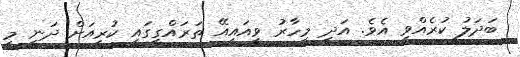
ބަދަލު ކުރެއްވި އެވެ. އަދި މިހާރު ވީއައިއޭ ތަރައްގީގައި ކުރިއަށް ދަނީ މި